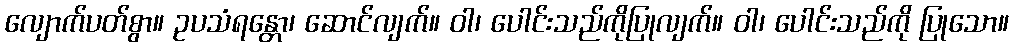
လျောက်ပတ်စွာ။ ဥပသံရန္တော၊ ဆောင်လျက်။ ဝါ၊ ပေါင်းသည်ကိုပြုလျက်။ ဝါ၊ ပေါင်းသည်ကို ပြုသော။